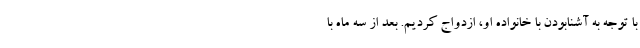
با توجه به آشنا‌بودن با خانواده او، ازدواج کردیم. بعد از سه ماه با